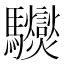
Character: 𩧟